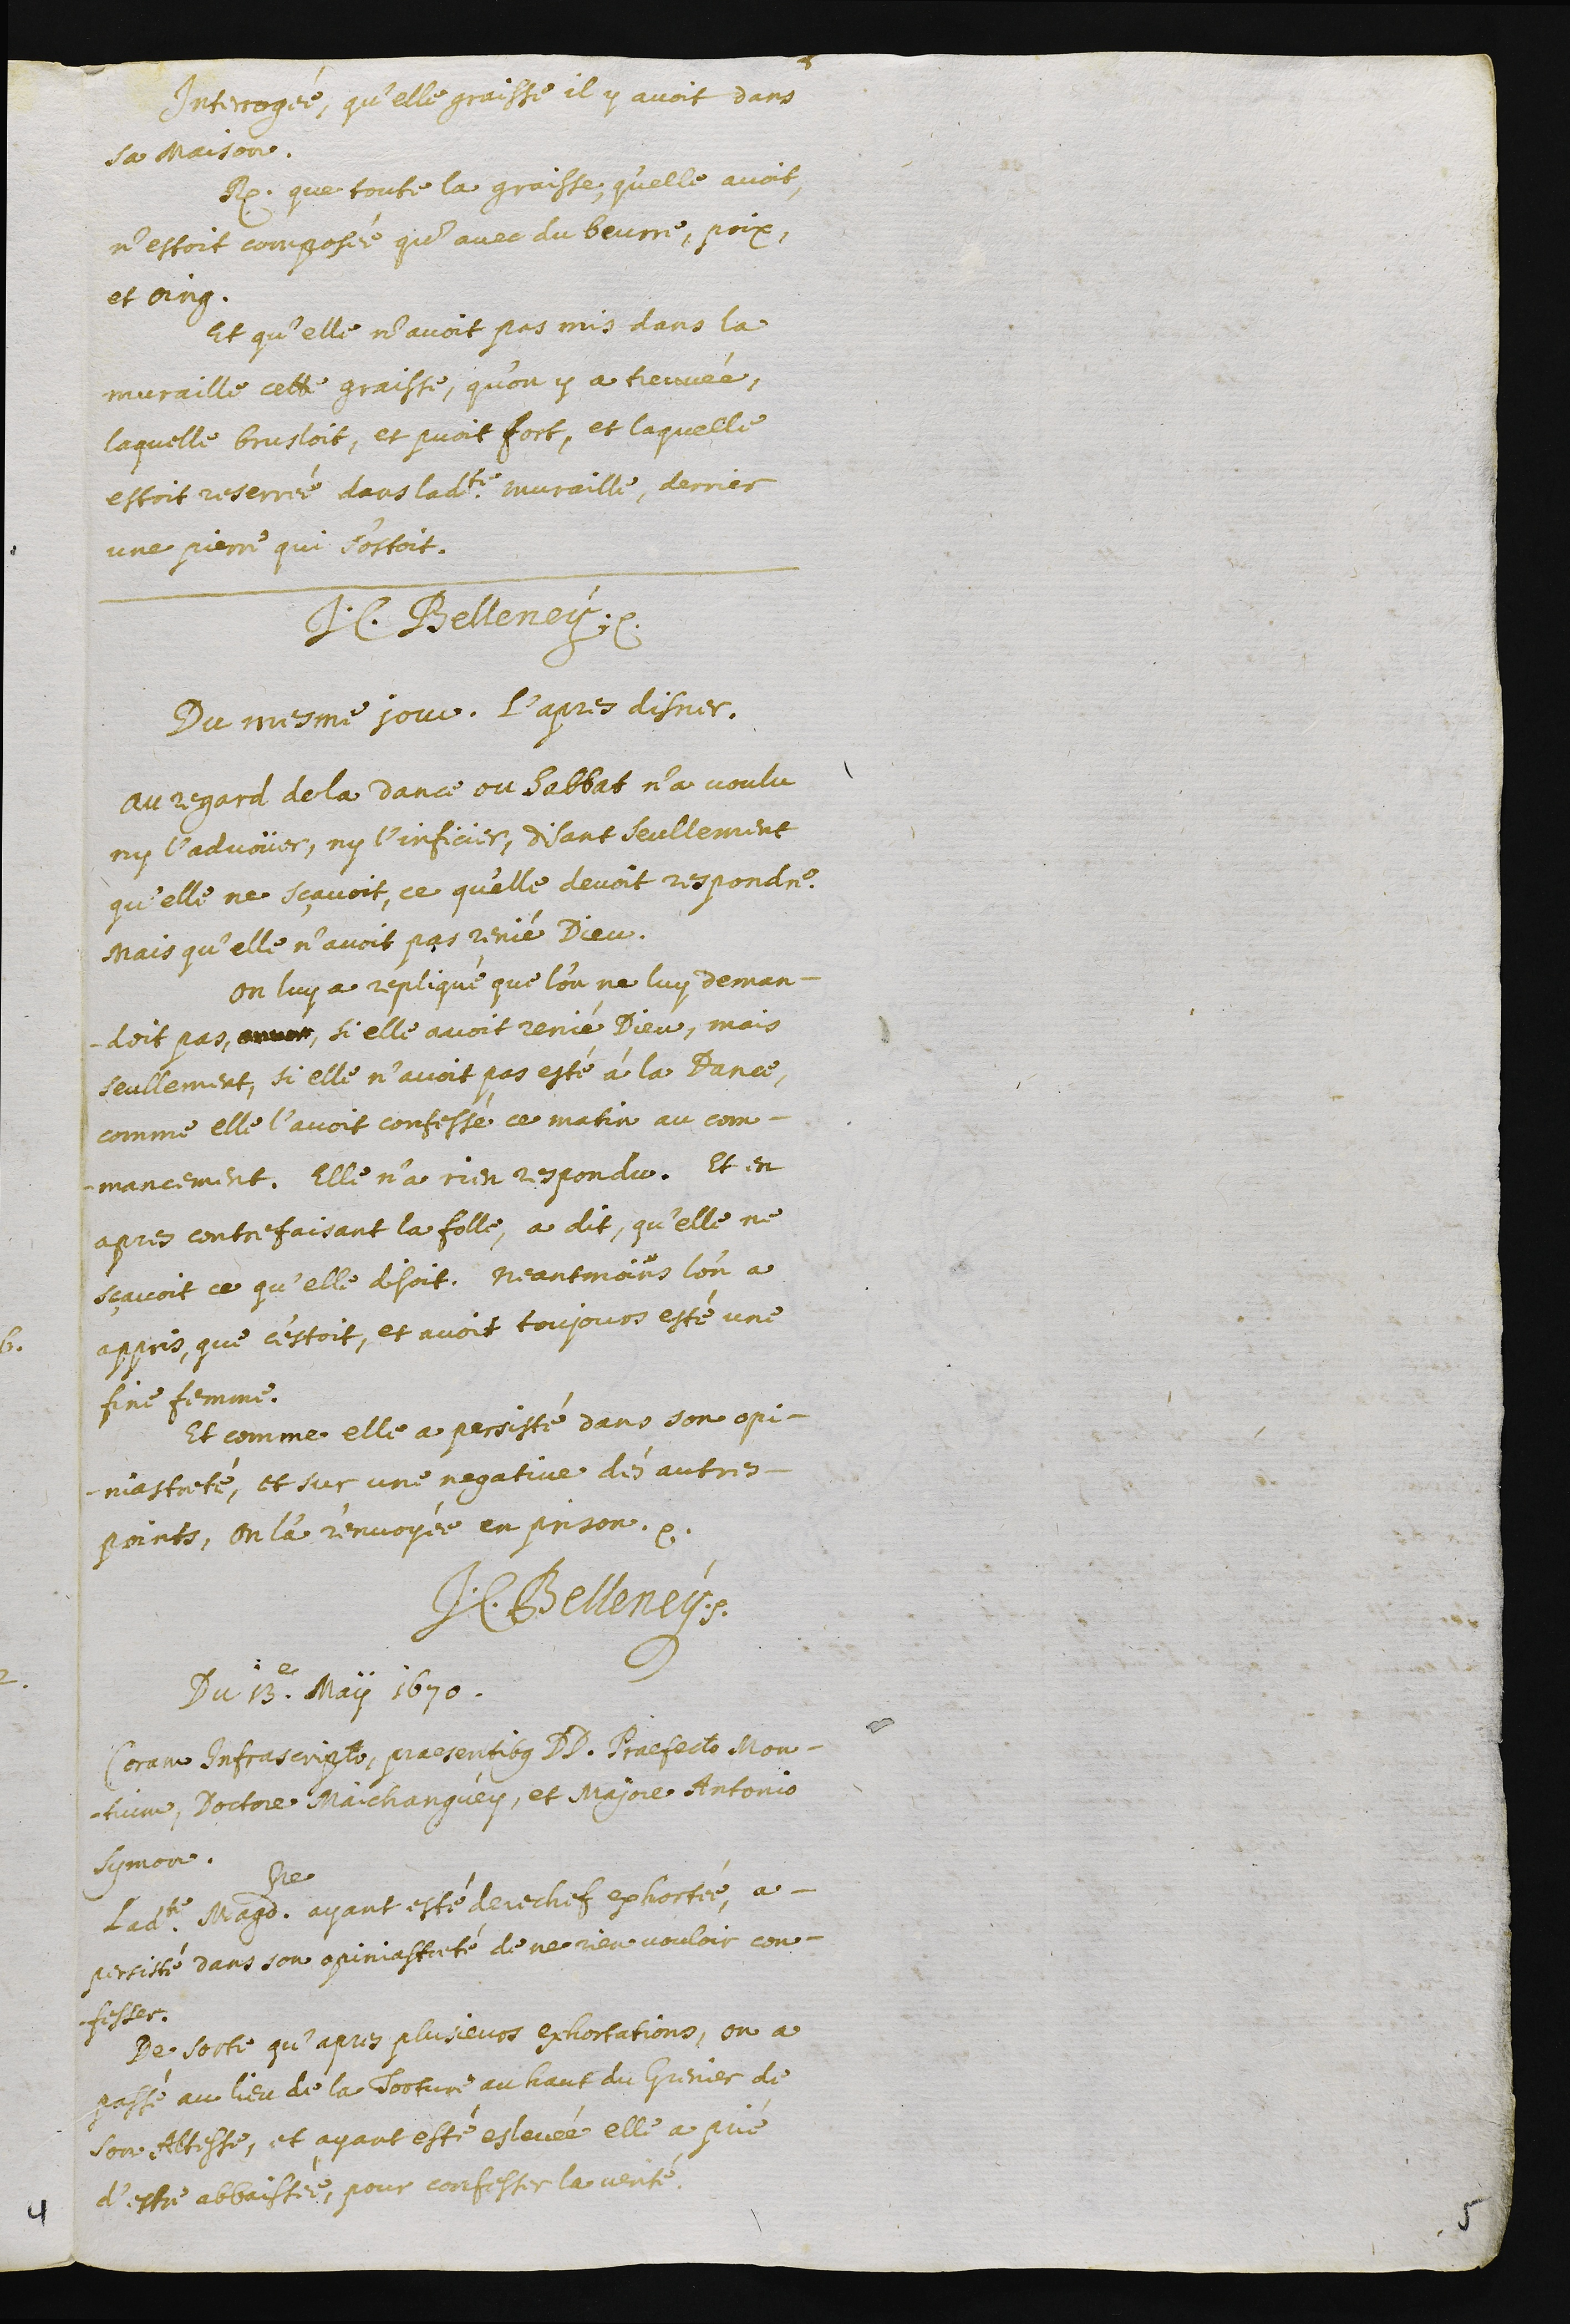
Interrogée, quelle graisse il y avoit dans
sa maison.
Respond que toute la graisse, qu’elle avoit,
n’estoit composée qu’avec du beurre, poix,
et oing.
Et qu’elle n’avoit pas mis dans la
muraille cette graisse, qu’on y a treuvée,
laquelle brusloit, et puoit fort, et laquelle
estoit reserrée dans ladite muraille, derrier
une pierre qui sortoit.
J.C. Belleney.
Du mesme jour. L’apres disner.
Au regard de la dance ou sabbat n’a voulu
ny l’advoüer, ny l’inficier, disant seullement
qu’elle ne sçavoit, ce qu’elle devoit respondre
mais qu’elle n’avoit pas renié Dieu.
On luy a repliqué que l’on ne luy deman-
doit pas, ????, si elle avoit renié Dieu, mais
seullement, si elle n’avoit pas esté à la Dance,
comme elle l’avoit confessé ce matin au com-
mancement. Elle n’a rien respondu. Et en
apres contre faisant la folle, a dit, qu’elle ne
sçavoit ce qu’elle disoit. Neantmoins l’on a
appris, que c’estoit, et avoit toujours esté une
fine femme.
Et comme elle a persisté dans son opi-
niastreté, et sur une negative des autres
points, on l’a renvoyée en prison.
J.C. Belleney.
Du 13.e May 1670.
Coram infrascripto, praesentibus DD. Praefecto Mon-
tuim, Doctore Maichanguey, et Majore Antonio
Symon.
Ladite Magdeleine ayant esté derechef exhortée, a
persisté dans son opiniastreté de ne rien vouloir con-
fesser.
De sorte qu’apres plusieurs exhortations, on a
passé au lieu de la torture, au haut du grenier de
son Altesse, et ayant esté eslevée, elle a prié
d’estre abbaissée, pour confesser la verité.